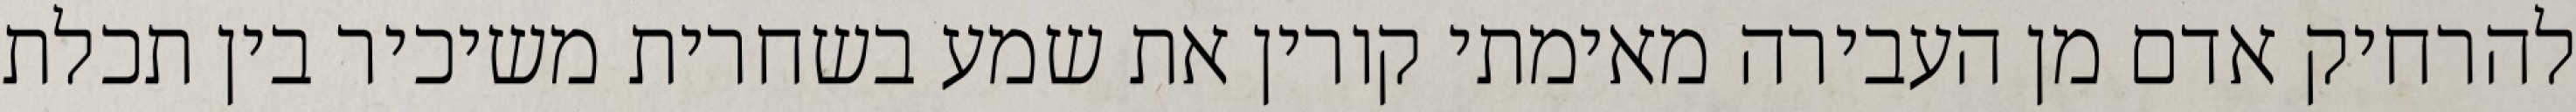
להרחיק אדם מן העבירה מאימתי קורין את שמע בשחרית משיכיר בין תכלת